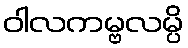
ဝါလကမ္ဗလမ္ပိ